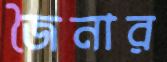
জৈনার